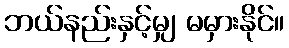
ဘယ်နည်းနှင့်မျှ မမှားနိုင်။